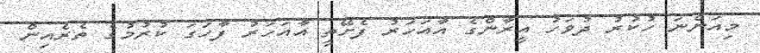
މިއަންނަ ހުކުރު ދުވަހު އީރާންގެ އާއަހަރު ފެށޭތީ އާއަހަރު ފާހަގަ ކުރުމުގެ ތެރެއިން